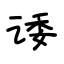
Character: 诿